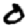
Digit: 0